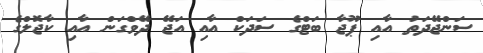
ސަންޖޭދަތު އާއި ޕޫޖާ ބަޓްގެ ސަދަކް އާއި އަޖޭ ދޭވްގަން އާއި ކާޖޮލްގެ